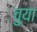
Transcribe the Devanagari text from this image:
चुया